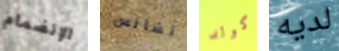
الإنضمام تشانس كولد لديه